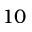
1 0